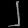
Digit: ၂